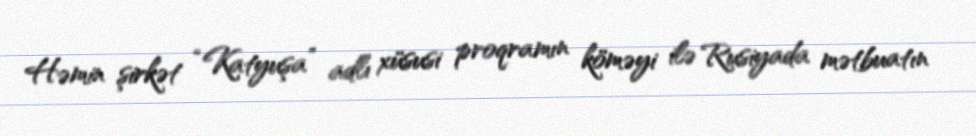
Həmin şirkət “Katyuşa” adlı xüsusi proqramın köməyi ilə Rusiyada mətbuatın